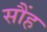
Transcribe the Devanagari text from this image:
सौंह